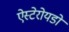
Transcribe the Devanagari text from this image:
ऐस्टेरोयडों